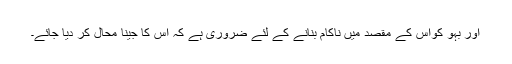
اور بہو کواس کے مقصد میں ناکام بنانے کے لئے ضروری ہے کہ اس کا جینا محال کر دیا جائے۔